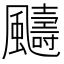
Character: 䬞